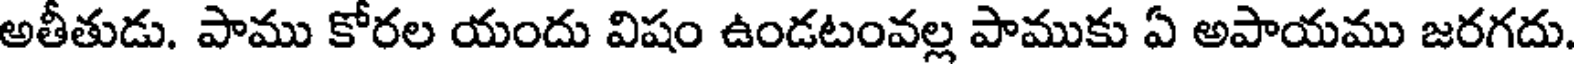
అతీతుడు. పాము కోరల యందు విషం ఉండటంవల్ల పాముకు ఏ అపాయము జరగదు